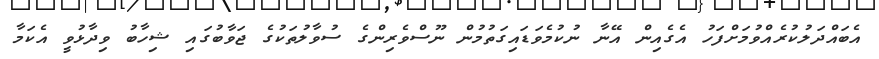
އެބައްދަލުކުރެއްވުމަށްފަހު އެގެއިން އޭނާ ނުކުމެވަޑައިގަތުމުން ނޫސްވެރިންގެ ސުވާލުތަކުގެ ޖަވާބުގައި ޝިހާބު ވިދާޅުވީ އެކަމާ